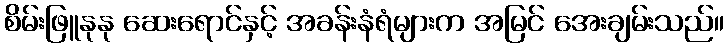
စိမ်းဖြူနုနု ဆေးရောင်နှင့် အခန်းနံရံများက အမြင် အေးချမ်းသည်။